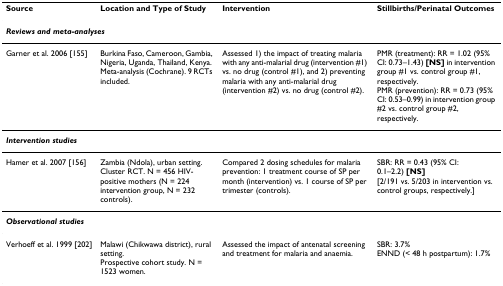
<table><thead><tr><td><b>Source</b></td><td><b>Location and Type of Study</b></td><td><b>Intervention</b></td><td><b>Stillbirths/Perinatal Outcomes</b></td></tr></thead><tbody><tr><td colspan="4"><b><i>Reviews and meta-analyses</i></b></td></tr><tr><td>Garner et al. 2006 [155]</td><td>Burkina Faso, Cameroon, Gambia, Nigeria, Uganda, Thailand, Kenya.Meta-analysis (Cochrane). 9 RCTs included.</td><td>Assessed 1) the impact of treating malaria with any anti-malarial drug (intervention #1) vs. no drug (control #1), and 2) preventing malaria with any anti-malarial drug (intervention #2) vs. no drug (control #2).</td><td>PMR (treatment): RR = 1.02 (95% CI: 0.73–1.43) <b>[NS] </b>in intervention group #1 vs. control group #1, respectively.PMR (prevention): RR = 0.73 (95% CI: 0.53–0.99) in intervention group #2 vs. control group #2, respectively.</td></tr><tr><td colspan="4"><b><i>Intervention studies</i></b></td></tr><tr><td>Hamer et al. 2007 [156]</td><td>Zambia (Ndola), urban setting.Cluster RCT. N = 456 HIV-positive mothers (N = 224 intervention group, N = 232 controls).</td><td>Compared 2 dosing schedules for malaria prevention: 1 treatment course of SP per month (intervention) vs. 1 course of SP per trimester (controls).</td><td>SBR: RR = 0.43 (95% CI:0.1–2.2) <b>[NS]</b>[2/191 vs. 5/203 in intervention vs. control groups, respectively.]</td></tr><tr><td colspan="4"><b><i>Observational studies</i></b></td></tr><tr><td>Verhoeff et al. 1999 [202]</td><td>Malawi (Chikwawa district), rural setting.Prospective cohort study. N = 1523 women.</td><td>Assessed the impact of antenatal screening and treatment for malaria and anaemia.</td><td>SBR: 3.7%ENND (&lt; 48 h postpartum): 1.7%</td></tr></tbody></table>